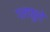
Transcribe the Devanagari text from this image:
गलफुले